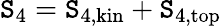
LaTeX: \mathtt{S}_{4}=\mathtt{S}_{4,\mathrm{{kin}}}+\mathtt{S}_{4,\mathrm{{top}}}